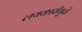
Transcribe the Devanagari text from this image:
लयकारीमुळे